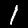
Label: 1